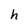
Character: h